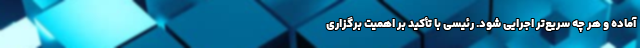
آماده و هر چه سریع‌تر اجرایی شود. رئیسی با تأکید بر اهمیت برگزاری